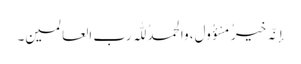
إنَّہ خیرُ مَسْؤُولٍ، والحمدُ للّٰہ رب العالمین۔